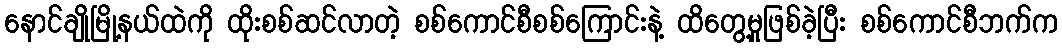
နောင်ချိုမြို့နယ်ထဲကို ထိုးစစ်ဆင်လာတဲ့ စစ်ကောင်စီစစ်ကြောင်းနဲ့ ထိတွေ့မှုဖြစ်ခဲ့ပြီး စစ်ကောင်စီဘက်က